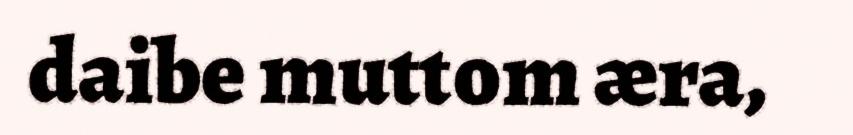
daibe muttom æra,